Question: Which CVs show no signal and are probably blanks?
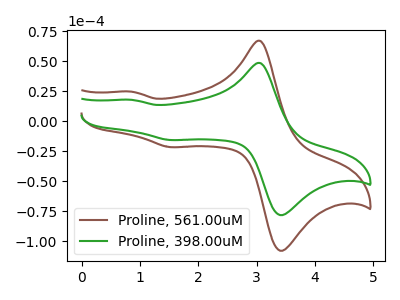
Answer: <think>The brown curve "Proline, 561.00uM" has anodic peaks at (3.05V, 67.05uA) (0.85V, 24.75uA) and cathodic peaks at (3.50V, -106.85uA) (1.55V, -21.55uA). The green curve "Proline, 398.00uM" has anodic peaks at (3.05V, 48.60uA) (0.85V, 17.95uA) and cathodic peaks at (3.50V, -77.45uA) (1.55V, -15.60uA).</think>
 <answer>There are not any CV's on this graph that are likely to be blanks.</answer>
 <eval>none</eval>